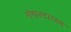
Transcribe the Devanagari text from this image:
मेगास्टारडम